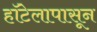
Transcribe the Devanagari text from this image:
हॉटेलापासून